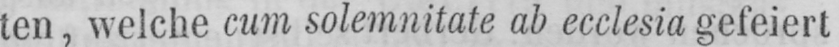
ten, welche cum solemnitate ab ecclesia gefeiert